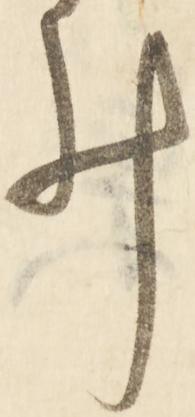
ゐ